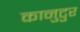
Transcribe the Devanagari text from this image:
कानुटुर